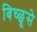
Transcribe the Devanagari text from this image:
बिच्छूसे